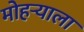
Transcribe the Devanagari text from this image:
मोहऱ्याला